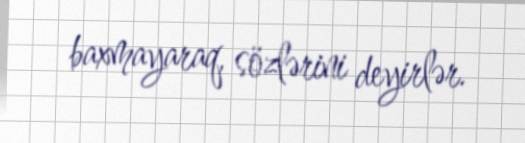
baxmayaraq, sözlərini deyirlər.